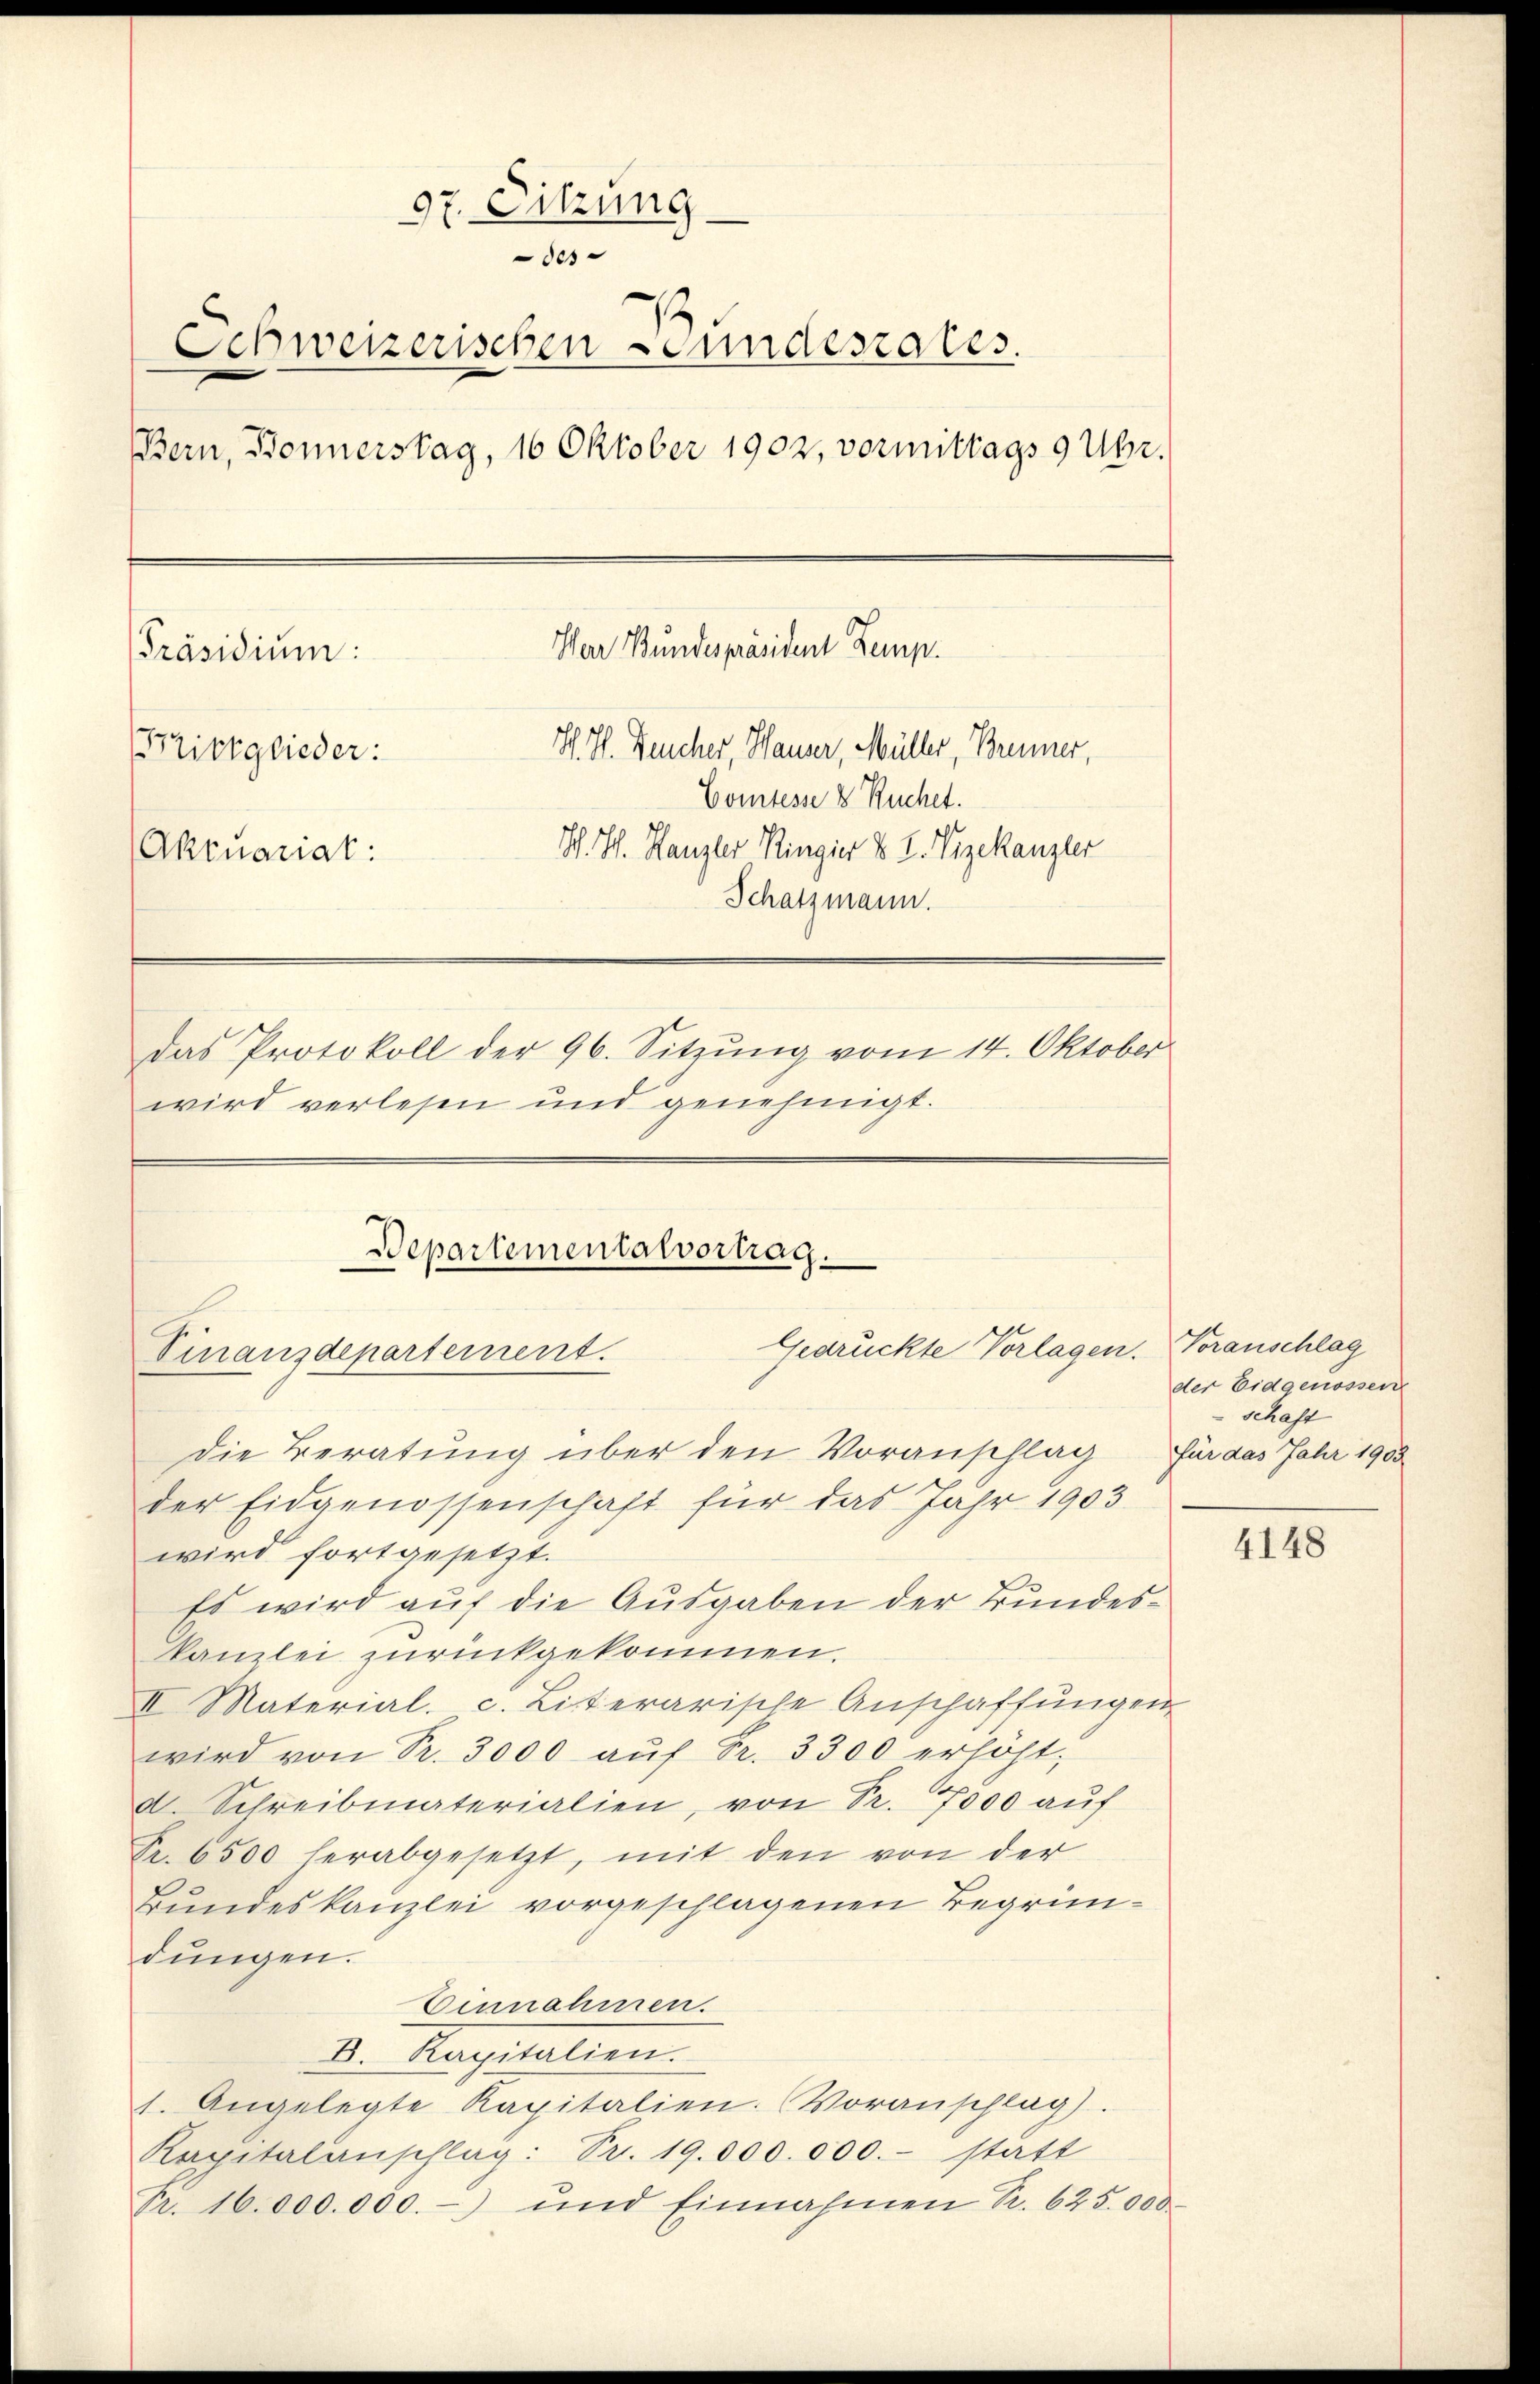
97. Sitzung
des
Schweizerischen Bundesrates.
Bern, Bonnerstag, 16 Oktober 1902, vormittags 9 Uhr.
War Bundespräsident Zemp.
PPräsidium:
H. H. Feucher, Hauser, Müller, Brenner,
Brittglieder:
Comtesse 8 Ruchet.
S. Hch. Kanzler Ringier u. L. Vizekanzler
Aktuariat:
Schatzmann.
Das Protokoll der 96. Sitzung vom 14. Oktober
wird verlesen und genehmigt.

Departementalvortrag.
Gedrückte Vorlagen. Voranschlag
Vinanzdepartement.
Die Beratung über den Voranschlag für das Jahr 1903
der Eidgenossenschaft für das Jahr 1903.

wird fortgesetzt.
Es wird auf die Ausgaben der Bundeskanzlei zurückgekommen.
II Material. c. Literarische Anschaffungen
wird von Pr. 3000 aŭf Fr. 3300 erhöht,
d. Schreibmaterialien, von Fr. 7000 auf
Pr. 6500 herabgesetzt, mit den von der
Bundeskanzlei vorgeschlagenen Begründŭngen.
Einnahmen.
Dr. Kapitalien.
1. Angelegte Kapitalien. Voranschlag.
Kapitalanschlag: Fr. 19.000.000.- statt
Fr. 16.000.000.- und Einnahmen S. 625.000

der Eidgenossen
 schaft

4148